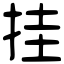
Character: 挂